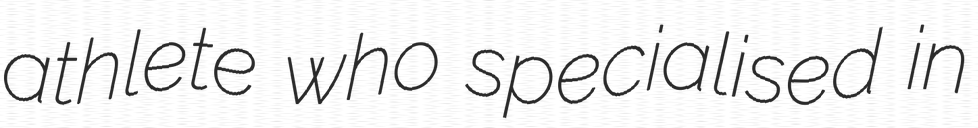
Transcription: athlete who specialised in